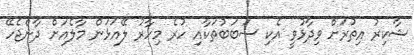
ޝާކިރު އިތުރަށް ވިދާޅުވީ އެކި ސަބަބުތަކާއި ހުރެ މިހާރު ލޭއަޅަން މާލެއަށް ދާންޖެހޭ